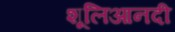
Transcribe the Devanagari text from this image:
शूलिआनदी